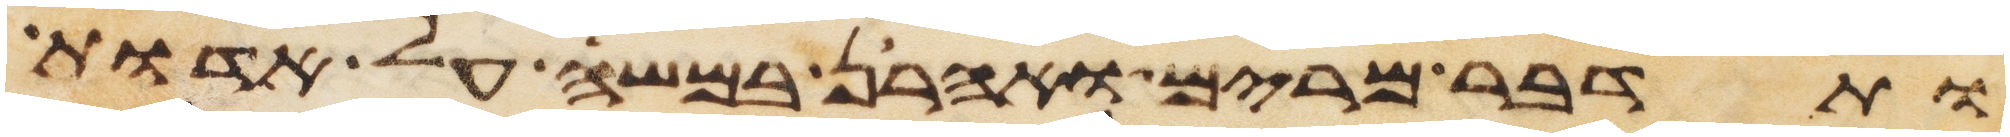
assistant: ותדבר מרים ואהרן במשה על אדות